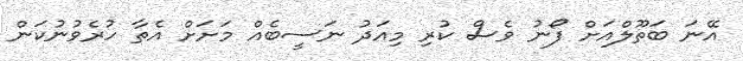
އޭނަ ބަތޫލްއަށް ފޯނު ވެސް ކުރި މިއަދު ނަސީބެއް މަށަށް އެތާ ހުރެވުނުކަން